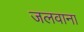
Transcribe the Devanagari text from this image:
जलवाना